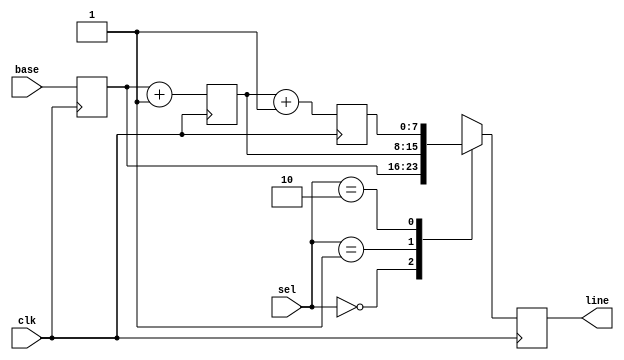
module mem2reg_bounds_term_top(
    input clk,
    input wire [1:0] sel,
    input wire [7:0] base,
    output reg [7:0] line
);
    reg [0:7] mem [0:2];

    generate
        genvar i;
        for (i = 0; i < 4; i = i + 1) begin : gen
            always @(posedge clk)
                mem[i] <= i == 0 ? base : mem[i - 1] + 1;
        end
    endgenerate

    always @(posedge clk)
        line = mem[sel];
endmodule